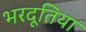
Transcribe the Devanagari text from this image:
भरदूतिया